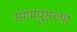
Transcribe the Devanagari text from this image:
संगमपुराच्या